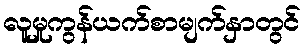
လူမှုကွန်ယက်စာမျက်နှာတွင်